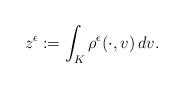
\begin{align*}z^\epsilon:=\int_K\rho^\epsilon(\cdot,v)\,dv.\end{align*}